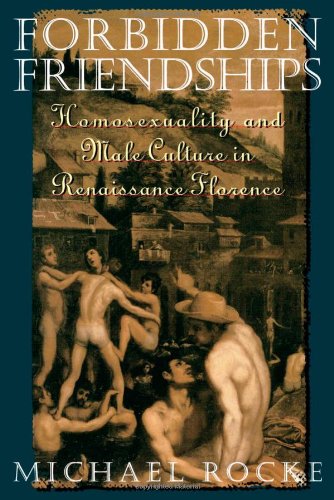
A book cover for Forbidden Friendships: Homosexuality and Male Culture in Renaissance Florence (Studies in the History of Sexuality); Michael Rocke; Gay & Lesbian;